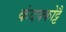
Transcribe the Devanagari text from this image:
कंदक्कोट्टै